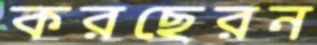
করছেরন